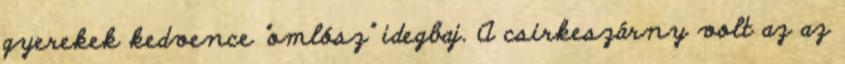
gyerekek kedvence "omlósz" idegbaj. A csirkeszárny volt az az